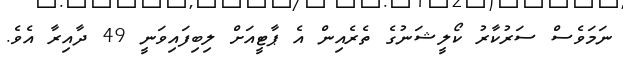
ނަމަވެސް ސަރުކާރު ކޯލީޝަނުގެ ތެރެއިން އެ ޕާޓީއަށް ލިބިފައިވަނީ 49 ދާއިރާ އެވެ.